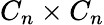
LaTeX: C_{n}\times C_{n}